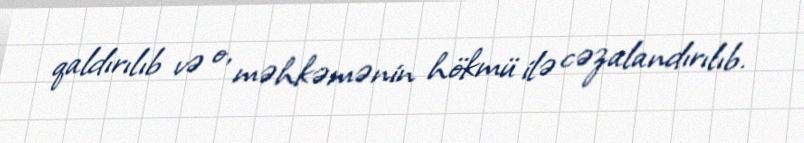
qaldırılıb və o, məhkəmənin hökmü ilə cəzalandırılıb.